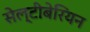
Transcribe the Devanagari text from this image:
सेल्टीबेरियन